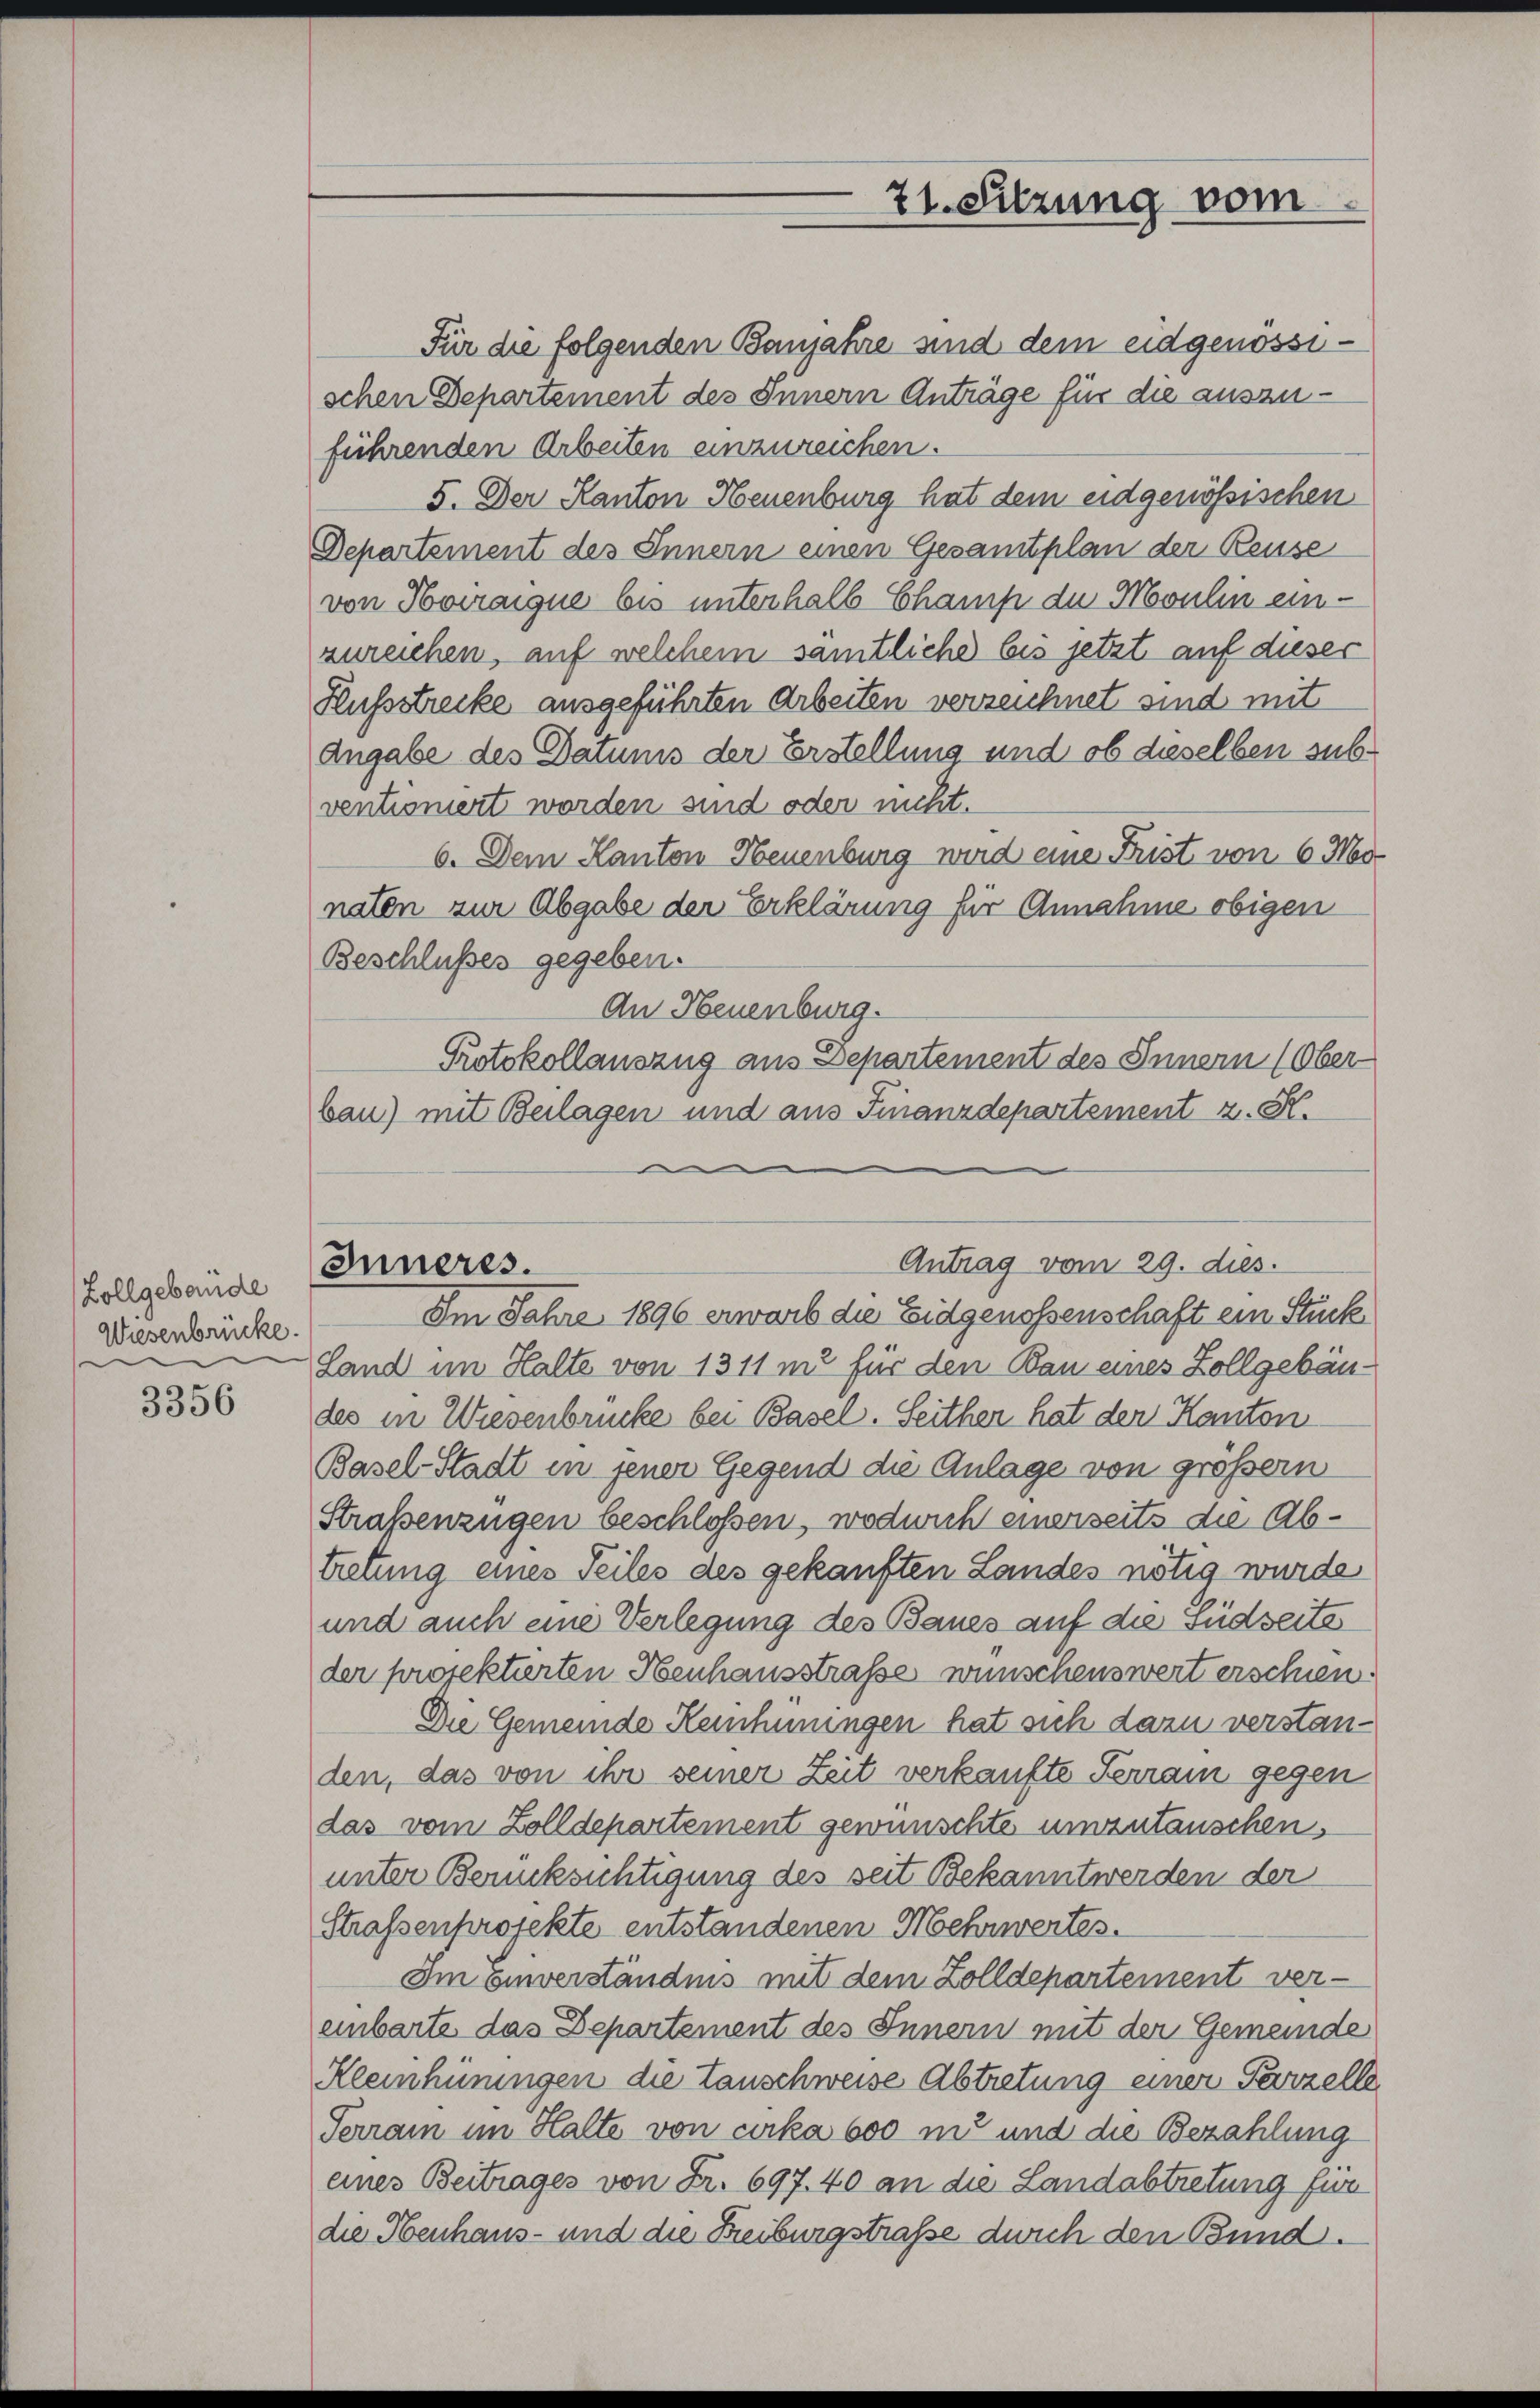
Zollgebäude
Wiesenbrücke.

3356

Inneres.

21. Sitzung vom

Für die folgenden Banjahre sind dem eidgenössischen Departement des Innern Anträge für die auszuführenden Arbeiten einzureichen.
5. Der Kanton Neuenburg hat dem eidgenössischen
Departement des Innern einen Gesamtplan der Reuse
von Horaigue bis unterhalb Champ de Moulin einzureichen, auf welchem samtliche bis jetzt auf dieser
Hußstrecke ausgeführten Arbeiten verzeichnet sind mit
Angabe des Datums der Erstellung und ob dieselben subventioniert worden sind oder nicht.
6. Dem Kanton Neuenburg wird eine Frist von 6 Med
naten zur Abgabe der Erklärung für Annahme obigen
Beschlusses gegeben.
An Neuenburg.
Protokollauszug aus Departement des Innern (Ober
bau) mit Beilagen und aus Finanzdepartement z. K.
Im Jahre 1896 erwarb die Eidgenossenschaft ein Stück
Land im Halte von 1311 m2 für den Bau eines Zollgebäudes in Wiesenbrücke bei Basel. Seither hat der Kanton
Basel-Stadt in jener Gegend die Anlage von größern
Straßenzügen beschlossen, wodurch einerseits die Abtretung eines Teiles des gekauften Landes nötig wurde
und auch eine Verlegung des Baues auf die Südseite
der projektierten Heuhausstraße wünschenswert erschien.
Die Gemeinde Reinhinungen hat sich dazu verstanden, das von ihr seiner Zeit verkaufte Ferrain gegen
das vom Zolldepartement gewünschte umzutauschen.
unter Berücksichtigung des seit Bekannt werden der
Strafsenprotekte entstandenen Mehrwertes.
Im Einverständnis mit dem Zolldepartement ver-
einbarte das Departement des Innern mit der Gemeinde
Kleinhürungen die Tauschweise Abtretung einer Parzelle
Terrain im Halte von cirka 600 m und die Bezahlung
eines Beitrages von Fr. 697. 40 an die Landabtretung für
die Obenhaus- und die Freiburgstraße durch den Bund.

Antrag vom 29. dies